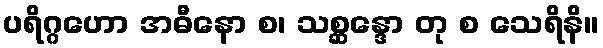
ပရိဂ္ဂဟော အဓီနော စ၊ သစ္ဆန္ဒော တု စ သေရိနိ။